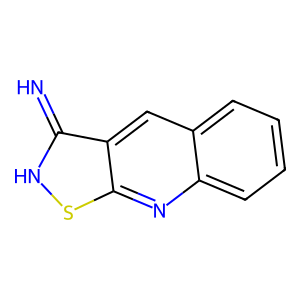
SMILES: N=c1[nH]sc2nc3ccccc3cc12
Inhibits HIV replication: No